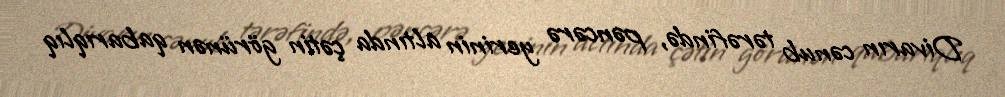
Divarın cənub tərəfində, pəncərə yerinin altında çətin görünən qabarıqlıq